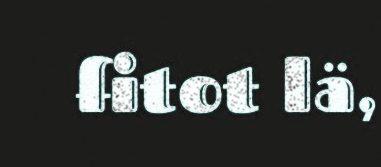
fitot lä,